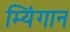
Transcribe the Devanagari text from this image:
म्यिंगान